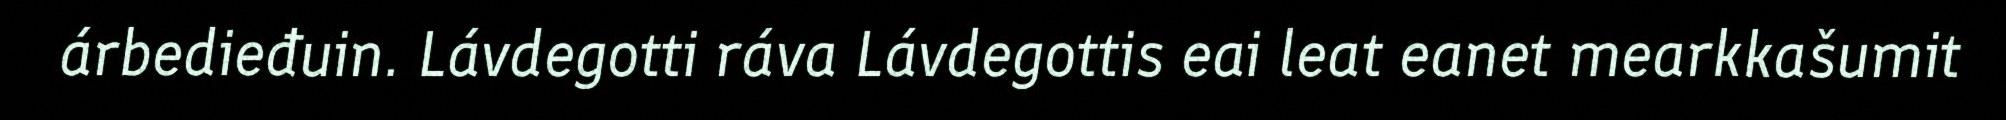
árbedieđuin. Lávdegotti ráva Lávdegottis eai leat eanet mearkkašumit